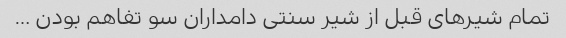
تمام شیر‌های قبل از شیر سنتی دامداران سو تفاهم بودن …